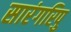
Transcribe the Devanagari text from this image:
सारंगरिपु